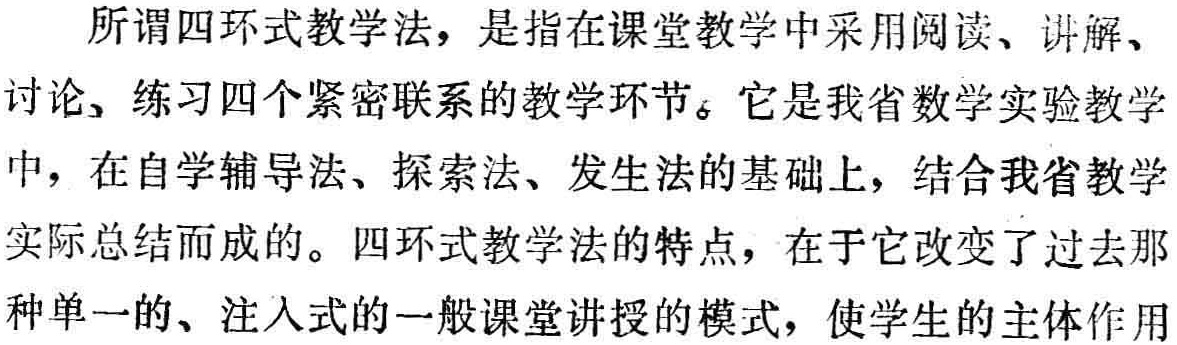
所谓四环式教学法，是指在课堂教学中采用阅读、讲解、讨论、练习四个紧密联系的教学环节。它是我省数学实验教学中，在自学辅导法、探索法、发生法的基础上，结合我省教学实际总结而成的。四环式教学法的特点，在于它改变了过去那种单一的、注入式的一般课堂讲授的模式，使学生的主体作用